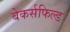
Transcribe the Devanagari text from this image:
बेकर्सफिल्ड